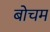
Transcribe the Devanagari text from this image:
बोचम